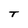
Character: T